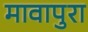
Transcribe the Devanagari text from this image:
मावापुरा